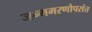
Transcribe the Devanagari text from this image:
जन्ममरणोपरांत